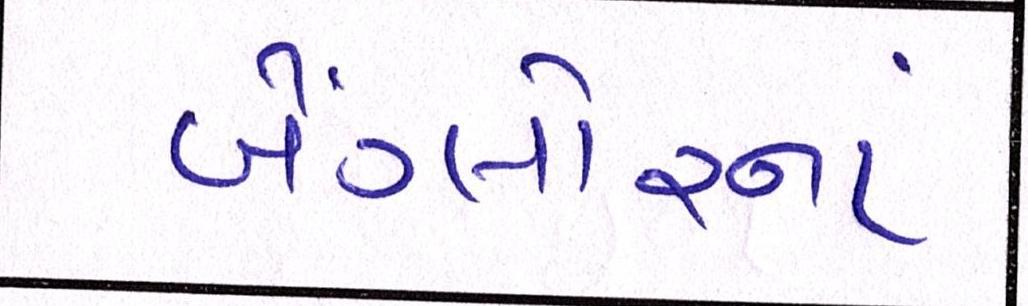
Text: બેંગ્લોરનાં